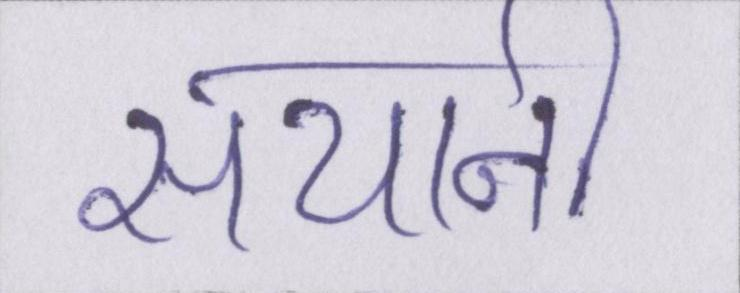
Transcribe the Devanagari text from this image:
सयानी